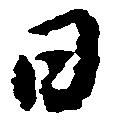
日